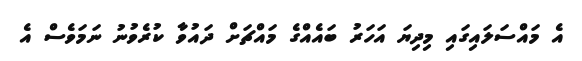
އެ މައްސަލައިގައި މިދިޔަ އަހަރު ބައެއްގެ މައްޗަށް ދައުވާ ކުރެވުނު ނަމަވެސް އެ